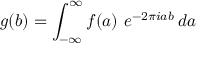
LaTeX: \, \, \, g ( b ) = \int _ { - \infty } ^ { \infty } f ( a ) \ e ^ { - 2 \pi i a b } \, d a